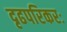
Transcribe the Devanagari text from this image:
दृढपरिकरः